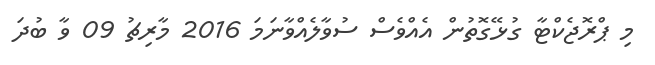
މި ޕްރޮޖެކްޓާ ގުޅޭގޮތުން އެއްވެސް ސުވާލެއްވާނަމަ 2016 މާރިޗު 09 ވާ ބުދަ